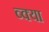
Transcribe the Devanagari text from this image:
व्क्या